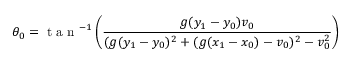
\theta _ { 0 } = \textrm { t a n } ^ { - 1 } \left( \frac { g ( y _ { 1 } - y _ { 0 } ) v _ { 0 } } { ( g ( y _ { 1 } - y _ { 0 } ) ^ { 2 } + ( g ( x _ { 1 } - x _ { 0 } ) - v _ { 0 } ) ^ { 2 } - v _ { 0 } ^ { 2 } } \right)